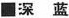
■深 蓝